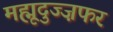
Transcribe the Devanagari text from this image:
मह्मूदुज्ज़फर